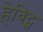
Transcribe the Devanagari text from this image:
हेबिट्स